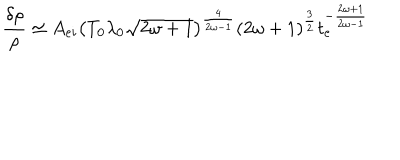
LaTeX: \frac { \delta \rho } { \rho } \simeq A _ { e i } \left( T _ { 0 } \lambda _ { 0 } \sqrt { 2 \omega + 1 } \right) ^ { \frac { 4 } { 2 \omega - 1 } } ( 2 \omega + 1 ) ^ { \frac { 3 } { 2 } } t _ { e } ^ { - \frac { 2 \omega + 1 } { 2 \omega - 1 } }